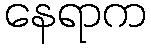
နေရာက